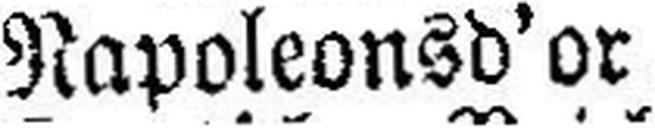
Napoleonsd'or